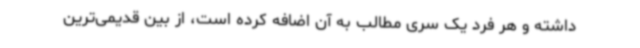
داشته و هر فرد یک سری مطالب به آن اضافه کرده است، از بین قدیمی‌ترین